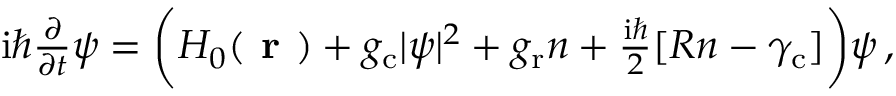
\begin{array} { r } { \mathrm { i } \hbar \frac { \partial } { \partial t } \psi = \biggl ( H _ { 0 } ( \textbf { r } ) + g _ { \mathrm { c } } | \psi | ^ { 2 } + g _ { \mathrm { r } } n + \frac { \mathrm { i } \hbar } { 2 } [ R n - \gamma _ { \mathrm { c } } ] \biggr ) \psi \, , } \end{array}